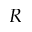
R